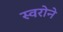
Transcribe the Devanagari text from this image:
स्वरोने